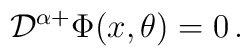
{\cal D}^{\alpha +}\Phi(x,\theta)=0 \, .